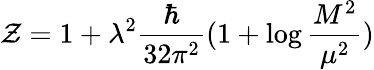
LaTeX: \mathcal{Z}=1+\lambda^{2}\frac{{\hbar}}{{32\pi^{2}}}(1+\log\frac{{M^{2}}}{{\mu^{2}}})